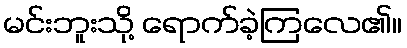
မင်းဘူးသို့ ရောက်ခဲ့ကြလေ၏။